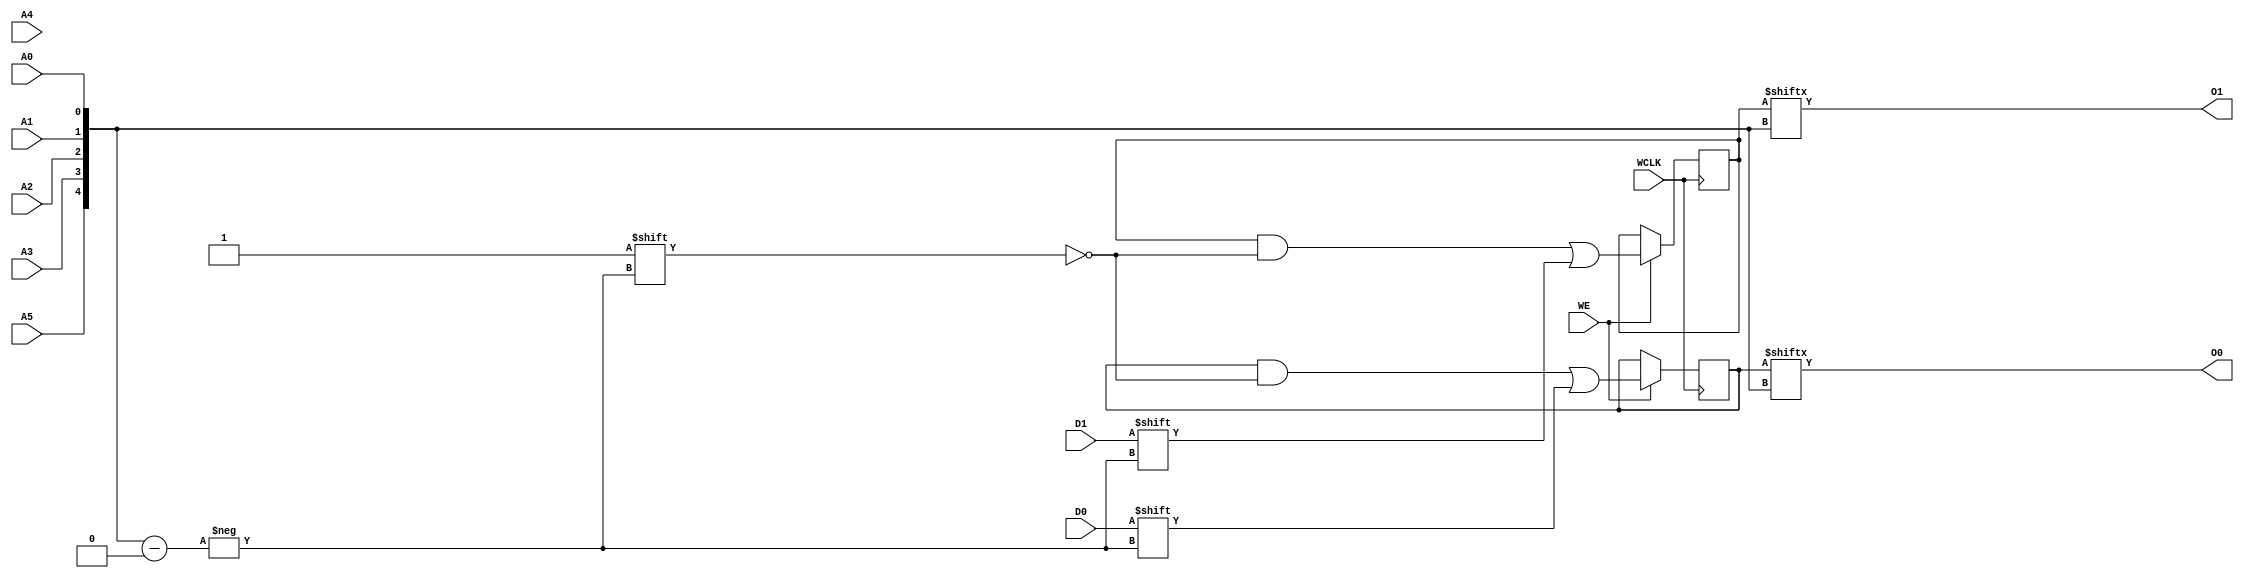
module RAM64X2S (
  output O0, O1,
  input A0, A1, A2, A3, A4, A5,
  input D0, D1,
  (* clkbuf_sink *)
  (* invertible_pin = "IS_WCLK_INVERTED" *)
  input WCLK,
  input WE
);
  parameter [63:0] INIT_00 = 64'h0000000000000000;
  parameter [63:0] INIT_01 = 64'h0000000000000000;
  parameter [0:0] IS_WCLK_INVERTED = 1'b0;
  wire [5:0] a = {A5, A3, A2, A1, A0};
  wire clk = WCLK ^ IS_WCLK_INVERTED;
  reg [63:0] mem0 = INIT_00;
  reg [63:0] mem1 = INIT_01;
  assign O0 = mem0[a];
  assign O1 = mem1[a];
  always @(posedge clk)
    if (WE) begin
      mem0[a] <= D0;
      mem1[a] <= D1;
    end
endmodule